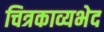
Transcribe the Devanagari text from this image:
चित्रकाव्यभेद